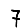
Digit: 7